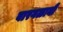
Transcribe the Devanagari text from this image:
बारगळानी